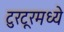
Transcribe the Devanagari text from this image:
टुरटूरमध्ये